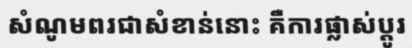
សំណូមពរជាសំខាន់នោះ គឺការផ្លាស់ប្តូរ